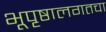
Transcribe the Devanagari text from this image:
भूपृष्ठालगतचा